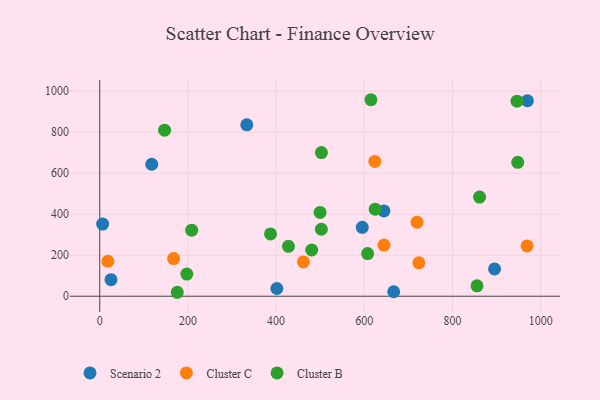
{"axis": {"x": "Experience", "y": "Demand"}, "legend": ["Cluster B", "Cluster C", "Scenario 2"], "data": [{"x": "595.4", "y": 336.1, "type": "Scenario 2"}, {"x": "666.7", "y": 21.9, "type": "Scenario 2"}, {"x": "644.5", "y": 416.1, "type": "Scenario 2"}, {"x": "401.7", "y": 37.6, "type": "Scenario 2"}, {"x": "895.5", "y": 133.4, "type": "Scenario 2"}, {"x": "333.5", "y": 836.2, "type": "Scenario 2"}, {"x": "6.5", "y": 351.9, "type": "Scenario 2"}, {"x": "969.9", "y": 953.9, "type": "Scenario 2"}, {"x": "25.5", "y": 80.6, "type": "Scenario 2"}, {"x": "117.9", "y": 643.6, "type": "Scenario 2"}, {"x": "167.5", "y": 183.5, "type": "Cluster C"}, {"x": "644.7", "y": 249.5, "type": "Cluster C"}, {"x": "969.2", "y": 245.3, "type": "Cluster C"}, {"x": "461.9", "y": 167.4, "type": "Cluster C"}, {"x": "623.8", "y": 657.4, "type": "Cluster C"}, {"x": "723.7", "y": 163.2, "type": "Cluster C"}, {"x": "719.7", "y": 361.0, "type": "Cluster C"}, {"x": "18.4", "y": 170.7, "type": "Cluster C"}, {"x": "175.8", "y": 19.3, "type": "Cluster B"}, {"x": "197.4", "y": 108.0, "type": "Cluster B"}, {"x": "946.3", "y": 951.5, "type": "Cluster B"}, {"x": "480.7", "y": 225.5, "type": "Cluster B"}, {"x": "607.6", "y": 207.9, "type": "Cluster B"}, {"x": "208.5", "y": 322.2, "type": "Cluster B"}, {"x": "428.0", "y": 243.6, "type": "Cluster B"}, {"x": "615.1", "y": 958.4, "type": "Cluster B"}, {"x": "502.8", "y": 700.4, "type": "Cluster B"}, {"x": "502.6", "y": 326.8, "type": "Cluster B"}, {"x": "855.7", "y": 50.8, "type": "Cluster B"}, {"x": "387.3", "y": 303.7, "type": "Cluster B"}, {"x": "861.5", "y": 483.5, "type": "Cluster B"}, {"x": "624.7", "y": 424.5, "type": "Cluster B"}, {"x": "948.0", "y": 653.0, "type": "Cluster B"}, {"x": "499.7", "y": 408.8, "type": "Cluster B"}, {"x": "147.0", "y": 809.9, "type": "Cluster B"}]}